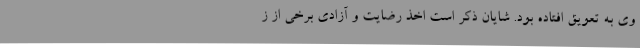
وی به تعویق افتاده بود. شایان ذکر است اخذ رضایت و آزادی برخی از ز